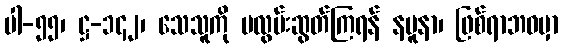
ပါ-၅၅၊ ဋ္ဌ-၁၄၂၊ သေသူကို မလွမ်းဆွတ်ကြရန် နမူနာ၊ ဖြစ်ရာဘဝမှာ